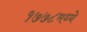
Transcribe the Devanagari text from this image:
१७७८मध्ये